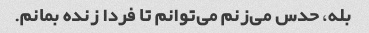
بله، حدس می‌زنم می‌توانم تا فردا زنده بمانم.